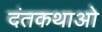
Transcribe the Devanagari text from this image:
दंतकथाओ